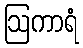
ဩကာရံ